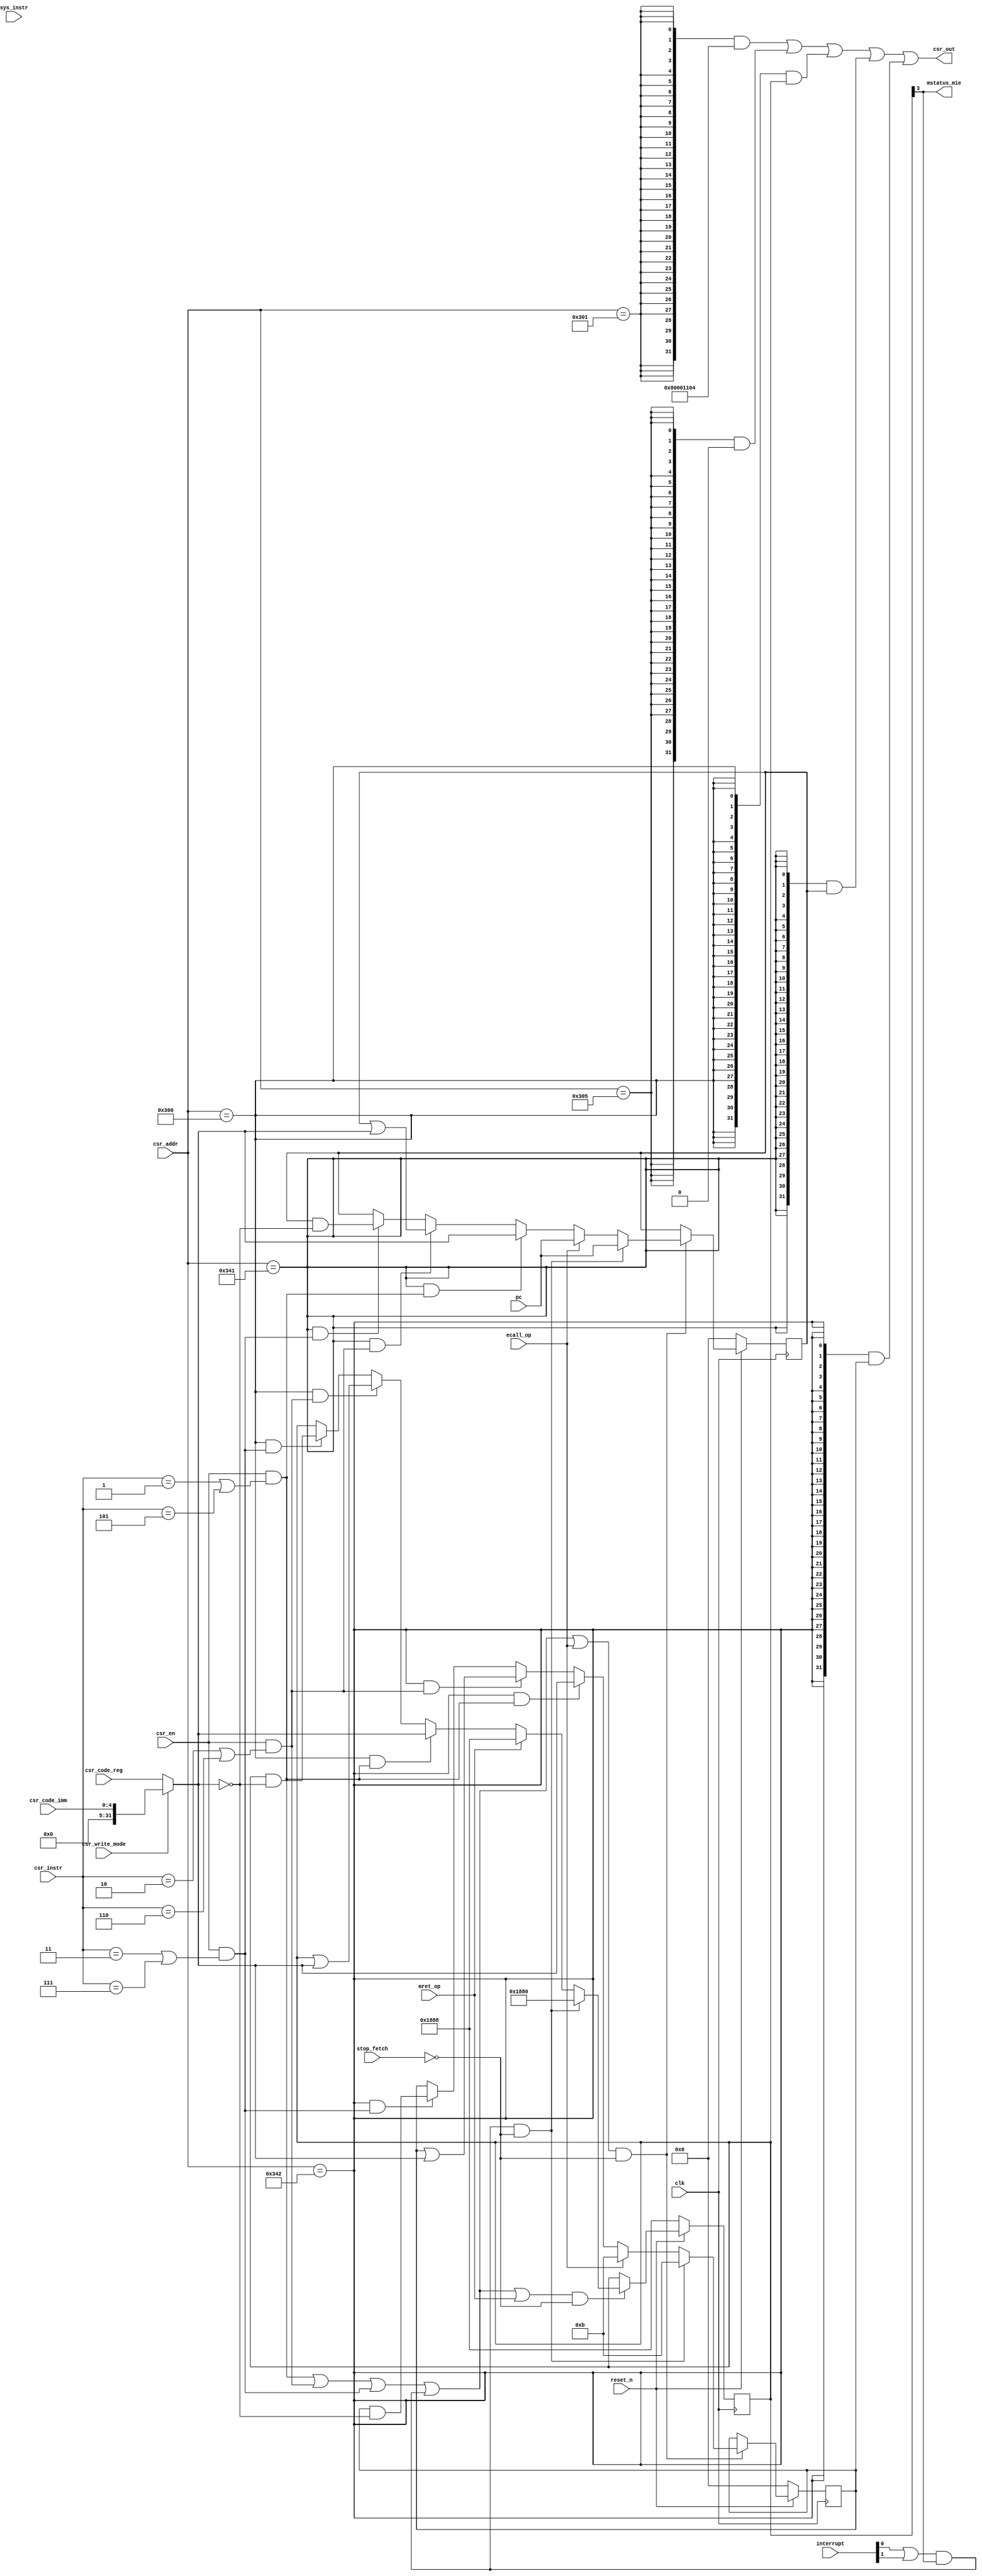
module csr (

		input         clk,
		input         reset_n,		
		
		input         csr_en,	
		input [2:0]   csr_instr,
		input [11:0]  csr_addr,
		
		input         csr_write_mode,
		input [4:0]   csr_code_imm,
		input [31:0]  csr_code_reg,
		input [1:0]   sys_instr,
		
		
		input [31:0]  pc,
		//input         jump,
		input [1:0]   interrupt,
		input         stop_fetch,
		input     ecall_op,
		input     mret_op,	
		
		output    [31:0] 	csr_out,
		output        mstatus_mie	
	
	    );
	    
	    
    wire [31:0]    csr_write_data = csr_write_mode? {27'b0,csr_code_imm} : csr_code_reg;

    //registers
    
    reg [31:0] mcause_reg;
    reg [31:0] mstatus_reg;
    reg [31:0] mepc_reg;
    
    //conditions
    wire interrupt_valid_temp = (interrupt[0]||interrupt[1]) && mstatus_reg[3];
    wire interrupt_valid = interrupt_valid_temp && !stop_fetch;// && !jump;
    wire csrrw_op = csr_en && (csr_instr == 3'b001 || csr_instr == 3'b101);
    wire csrrs_op = csr_en && (csr_instr == 3'b010 || csr_instr == 3'b110);
    wire csrrc_op = csr_en && (csr_instr == 3'b011 || csr_instr == 3'b111);
    wire op_valid = /*interrupt_valid || mret_op ||ecall_op ||*/ csrrw_op || csrrs_op || csrrc_op;
    
    //MISA - info on supported ISA
    wire [31:0] misa_reg = 32'b010000000000000000001000100000100;//check
    wire misa_sel = csr_addr == 12'h301;
    
    //mtvec - reset pc
    wire [31:0] mtvec_reg = 32'b0;
    wire mtvec_sel = csr_addr == 12'h305;
    
    //mstatus
    wire mstatus_sel = csr_addr == 12'h300;
    wire [31:0] mstatus_next =  interrupt_valid?    32'h00001880://check
                                mret_op?    32'h00001888://check
                                (mstatus_sel && csrrw_op)? csr_write_data:
                                (mstatus_sel && csrrs_op)? (mstatus_reg | csr_write_data):
                                (mstatus_sel && csrrc_op)? (mstatus_reg & (~csr_write_data)):
                                mstatus_reg;
    wire mstatus_valid = (op_valid || interrupt_valid_temp || mret_op)    ;                        
    always @(posedge clk) begin
        if(!reset_n) begin
            mstatus_reg <= 32'h00001888;//check
        end else if(/*mstatus_sel &&*/ mstatus_valid && !stop_fetch) begin
            mstatus_reg <= mstatus_next;
        end
    end 
    
    //mepc
    wire mepc_sel = csr_addr == 12'h341;  
    wire [31:0] mepc_next =  interrupt_valid?    pc://check
                             ecall_op?    pc://check
                             (mepc_sel && csrrw_op)? csr_write_data:
                             (mepc_sel && csrrs_op)? (mepc_reg | csr_write_data):
                             (mepc_sel && csrrc_op)? (mepc_reg & (~csr_write_data)):
                             mepc_reg;
    wire mepc_valid = (op_valid ||interrupt_valid_temp || ecall_op);
    always @(posedge clk) begin
        if(!reset_n) begin
            mepc_reg <= 32'h0;//check
        end else if(mepc_valid && !stop_fetch) begin
            mepc_reg <= mepc_next;
        end
    end  
    
    //mcause
    wire mcause_sel = csr_addr == 12'h342;  
    wire [31:0] mcause_next =  interrupt_valid?    {1'b0,31'd11}://check
                             ecall_op?    {1'b0,31'd11}://check
                             (mcause_sel && csrrw_op)? csr_write_data:
                             (mcause_sel && csrrs_op)? (mcause_reg | csr_write_data):
                             (mcause_sel && csrrc_op)? (mcause_reg & (~csr_write_data)):
                             mcause_reg;
    wire mcause_valid = (op_valid || interrupt_valid_temp || ecall_op);
    always @(posedge clk) begin
        if(!reset_n) begin
            mcause_reg <= 32'h0;//check
        end else if(/*mcause_sel &&*/ mcause_valid && !stop_fetch) begin
            mcause_reg <= mcause_next;
        end
    end  
    
    //outputs
    assign mstatus_mie = mstatus_reg[3];
    
    assign csr_out =    /*(reset_n ==0)   ?
                        32'h0           :*/
                        ({32{/*csr_en &&*/ misa_sel}} & misa_reg) |
                        ({32{/*csr_en && */mtvec_sel}} & mtvec_reg) |
                        ({32{/*csr_en && */mstatus_sel}} & mstatus_reg) |
                        ({32{/*csr_en && */mepc_sel}} & mepc_reg) |
                        ({32{/*csr_en && */mcause_sel}} & mcause_reg);

endmodule